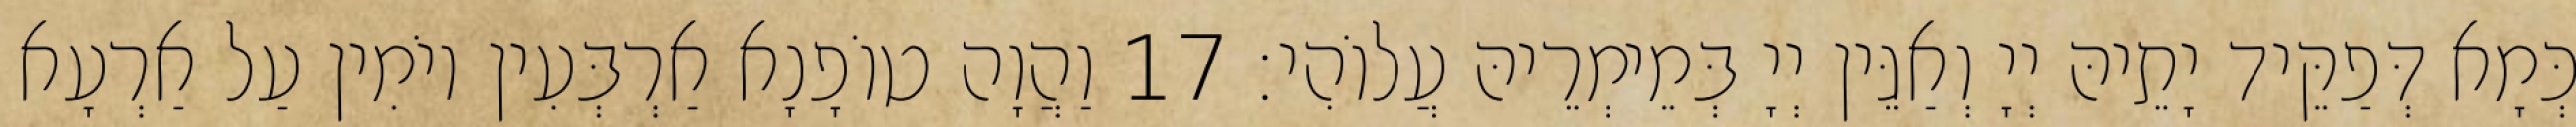
כְּמָא דְּפַקֵּיד יָתֵיהּ יְיָ וְאַגֵּין יְיָ בְּמֵימְרֵיהּ עֲלוֹהִי׃ 17 וַהֲוָה טוֹפָנָא אַרְבְּעִין יוֹמִין עַל אַרְעָא